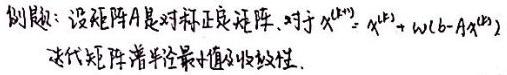
例题：设矩阵$A$是对称正定矩阵，对于$x^{(k+1)} = x^{(k)} + \omega(b - Ax^{(k)})$，讨论矩阵谱半径与收敛性。